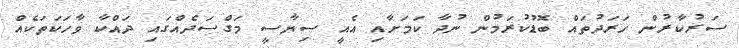
ސަރުކާރުން ހަރަދުތައް ބޮޑުކުރަމުން ނުދާ ކަމަށާއި އެއީ ސިޔާސީ މަގްސަދެއްގައި ދައްކާ ވާހަކަތަކެއް